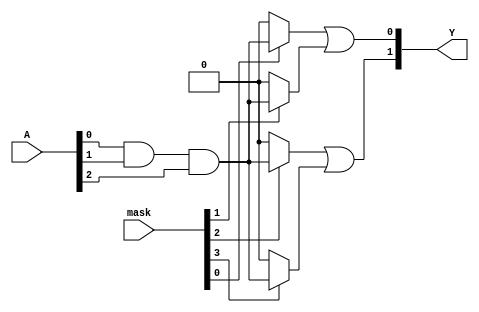
module MaskedPAL (
    input wire [N-1:0] A,       // Input lines (A, B, C, etc.)
    input wire [M-1:0] mask,    // Masking signals for AND gates
    output wire [P-1:0] Y        // Output lines
);
    parameter N = 3;            // Number of inputs
    parameter M = 4;            // Number of AND gates
    parameter P = 2;            // Number of OR gates

    // AND array
    wire [M-1:0] and_out;       // Outputs from AND gates

    // Programmable AND gates
    genvar i;
    generate
        for (i = 0; i < M; i = i + 1) begin : and_gates
            assign and_out[i] = (mask[i] == 1'b1) ? (A[0] & A[1] & A[2]) : 1'b0; // Example logic
        end
    endgenerate

    // OR array
    wire [P-1:0] or_out;        // Outputs from OR gates

    // Fixed OR gates
    assign or_out[0] = and_out[0] | and_out[1]; // Example OR logic
    assign or_out[1] = and_out[2] | and_out[3]; // Example OR logic

    // Final outputs
    assign Y = or_out;

endmodule